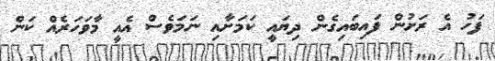
ފަހު އެ ރަށުން ފައިބައިގެން ދިޔައީ ކަމަށާއި ނަމަވެސް އެއީ މާވަހަރެއް ކަން